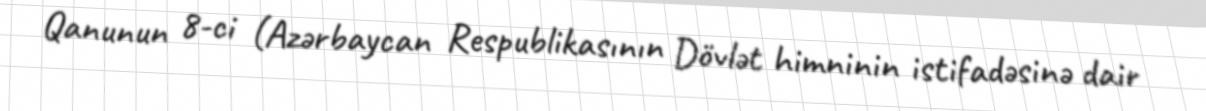
Qanunun 8-ci (Azərbaycan Respublikasının Dövlət himninin istifadəsinə dair